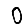
Digit: 0